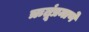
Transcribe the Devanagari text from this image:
ऋतूंप्रमाणे